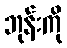
ဘုန်းကို